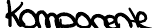
Komponente